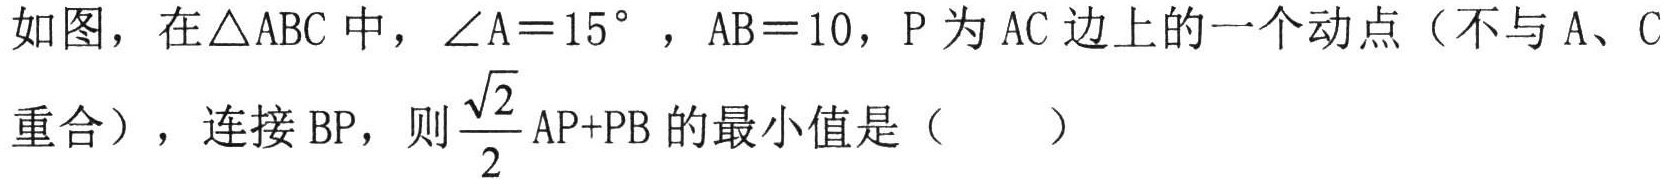
如图，在\(\triangle ABC\)中，\(\angle A = 15^{\circ}\)，\(AB = 10\)，\(P\)为\(AC\)边上的一个动点（不与\(A\)、\(C\)重合），连接\(BP\)，则\(\frac{\sqrt{2}}{2}AP + PB\)的最小值是（  ）